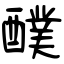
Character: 醭